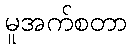
မူအက်စတာ